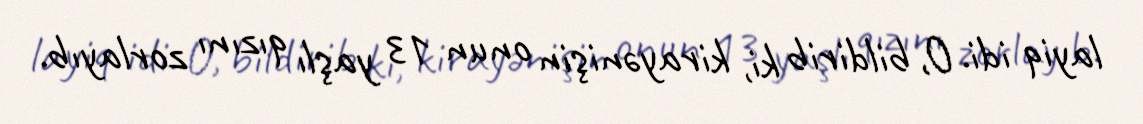
layiq idi. O, bildirib ki, kirayənişin onun 13 yaşlı qızını zorlayıb.